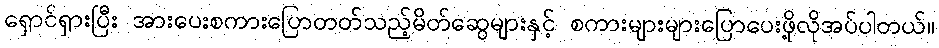
ရှောင်ရှားပြီး အားပေးစကားပြောတတ်သည့်မိတ်ဆွေများနှင့် စကားများများပြောပေးဖို့လိုအပ်ပါတယ်။